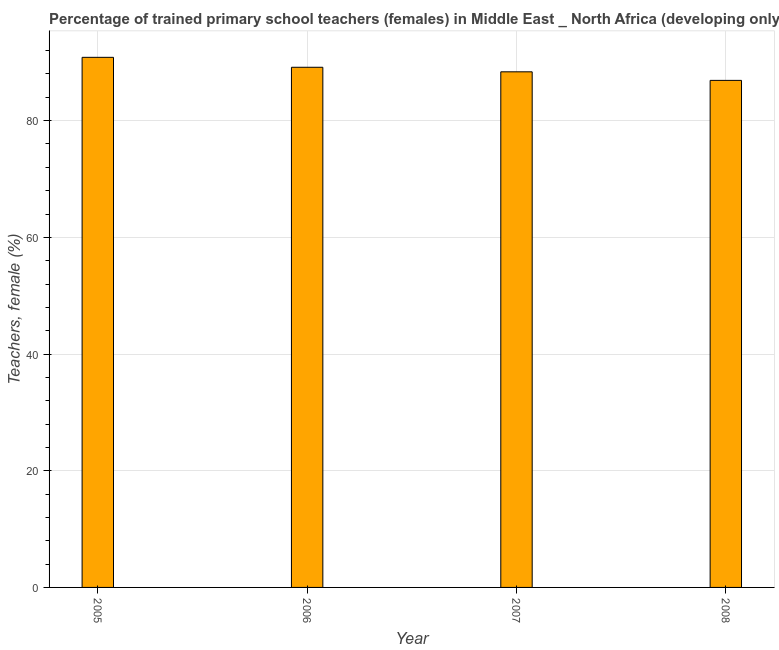
| Year | Trained teachers female |
 | --- | --- |
 | 2005 | 90.9 |
 | 2006 | 89.1 |
 | 2007 | 88.4 |
 | 2008 | 86.9 |